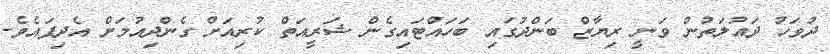
ދުވަހު ދައުލަތުން ވަނީ ރިޔާޒް ބަންދުގައި ބަހައްޓައިގެން ޝަރީއަތް ކުރިއަށް ގެންދިއުމަށް އެދިފައެވެ.